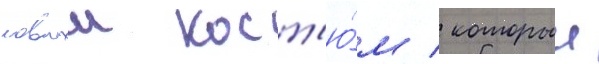
новыи кост'ю́м / которыи